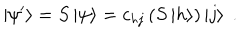
\left| \psi ^ { \prime } \right> = S \left| \psi \right> = c _ { h j } \left( S \left| h \right> \right) \left| j \right> \; .